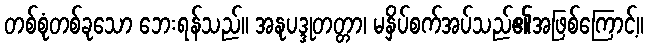
တစ်စုံတစ်ခုသော ဘေးရန်သည်။ အနုပဒ္ဒုတတ္တာ၊ မနှိပ်စက်အပ်သည်၏အဖြစ်ကြောင့်။